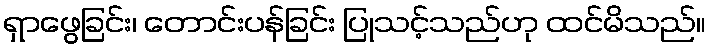
ရှာဖွေခြင်း၊ တောင်းပန်ခြင်း ပြုသင့်သည်ဟု ထင်မိသည်။